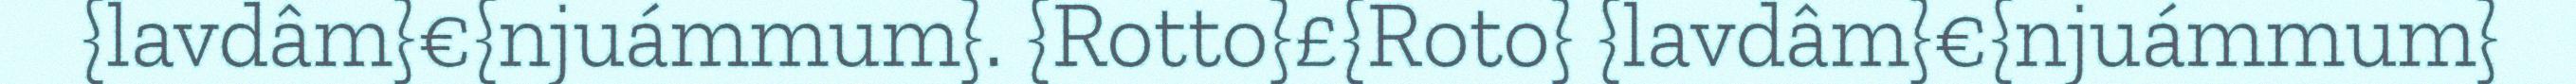
{lavdâm}€{njuámmum}. {Rotto}£{Roto} {lavdâm}€{njuámmum}